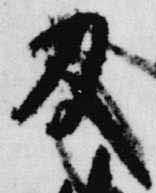
及